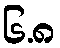
၆.၈